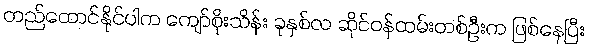
တည်ထောင်နိုင်ပါက ကျော်စိုးသိန်း ခုနှစ်လ ဆိုင်ဝန်ထမ်းတစ်ဦးက ဖြစ်နေပြီး